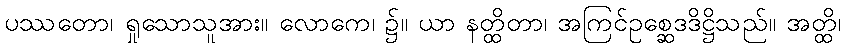
ပဿတော၊ ရှုသောသူအား။ လောကေ၊ ၌။ ယာ နတ္ထိတာ၊ အကြင်ဥစ္ဆေဒဒိဋ္ဌိသည်။ အတ္ထိ၊